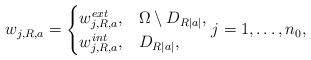
LaTeX: \begin{align*} w_{j,R,a}= \begin{cases} w_{j,R,a}^{ext}, &\Omega \setminus D_{R|a|},\\ w_{j,R,a}^{int}, & D_{R|a|}, \end{cases}j=1,\ldots,n_0,\end{align*}